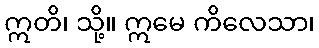
ဣတိ၊ သို့။ ဣမေ ကိလေသာ၊